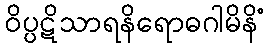
ဝိပ္ပဋိသာရနိရောဓဂါမိနိံ